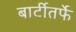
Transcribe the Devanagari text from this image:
बार्टीतर्फे